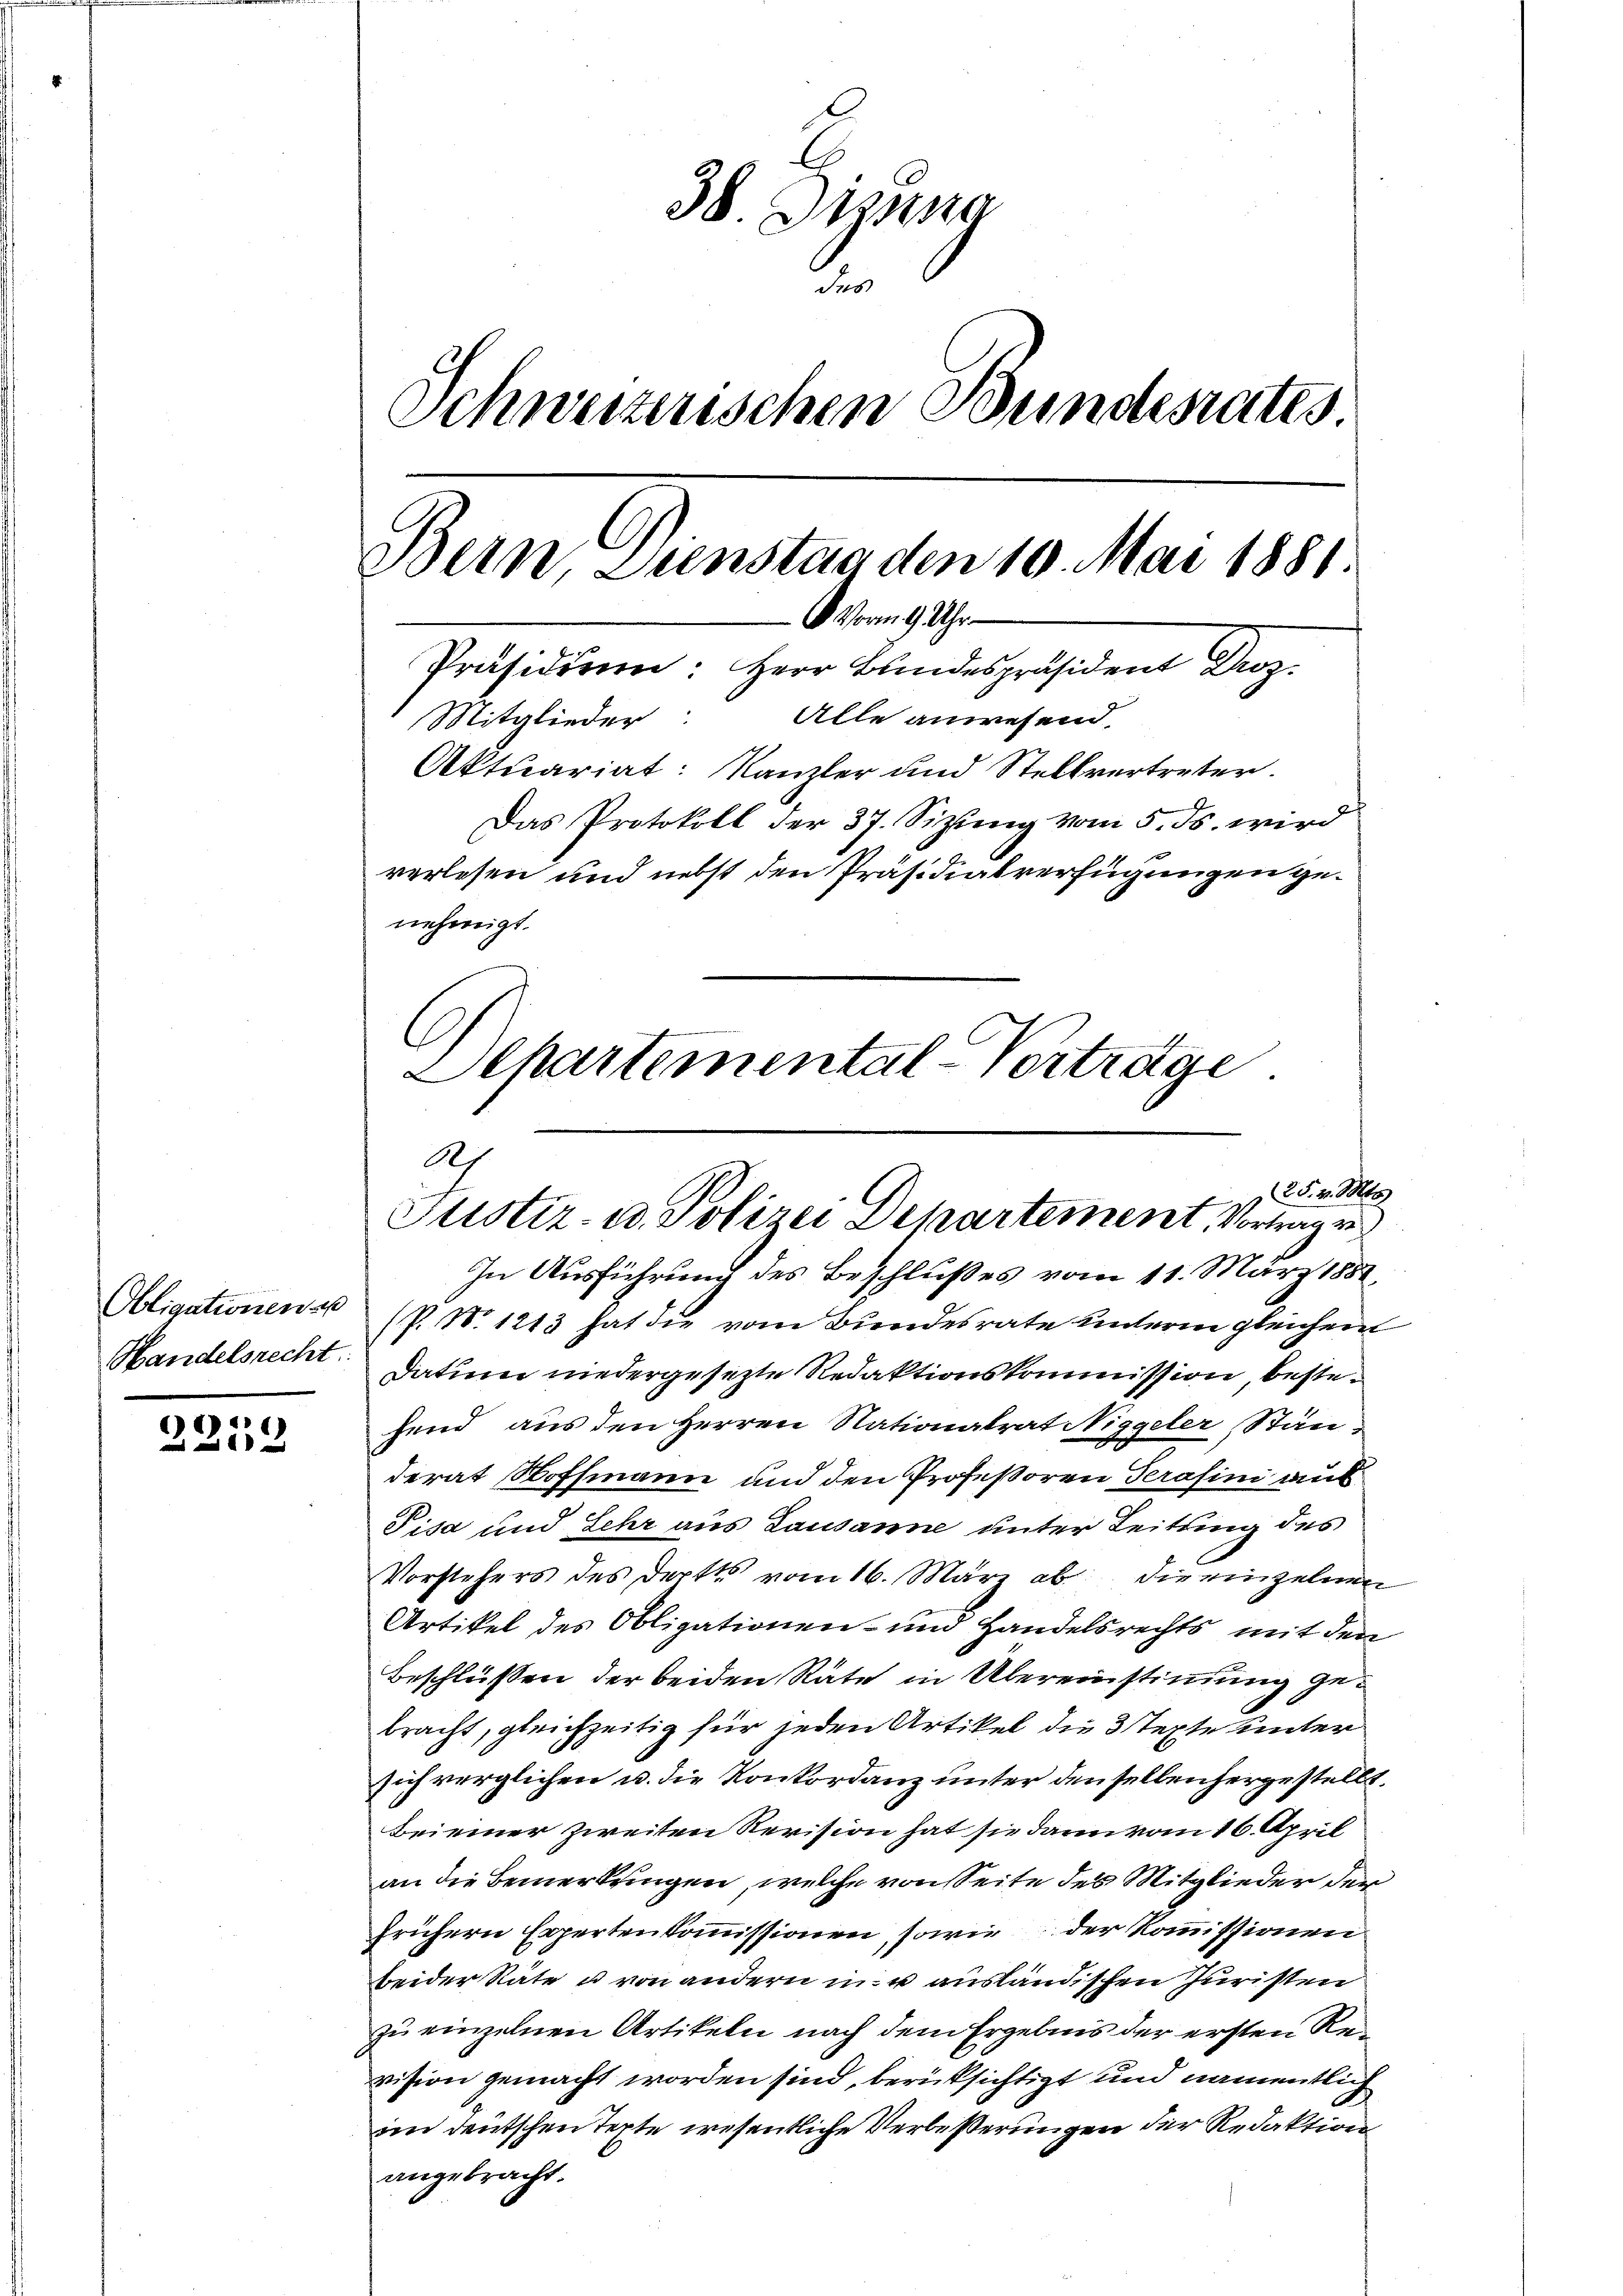
Obligationen es
Handelsrecht.

4

38. Diensa
des
Schweizerischen Bundesrates.
Dein Sunstag den 10. Mai 1881.
 Vorm 9 Uhr
Präsidium: Herr Bundespräsident Droz.
Mitglieder: Alle anwesend.
Aktuariat: Kanzler und Stellvertreter.
Das Protokoll der 37. Sizung vom 5. ds. wird
verlesen und nebst den Präsidialverfügungen genehmigt.
C
Departemental-Vertrage

2
(A. v. M
Justiz- u. Polizei Departement, Vortrage

In Ausführung des Beschlußes vom 11. März 1857,
(P. 10. 1213 hat die vom Bundesrate unterm gleichem
Dation niedergesezte Redaktionskommission bestehend aus den Herren Nationalrat Niggeler, Ständerat Stoffmann und den Professoren Terasini auf
Pisa und Sehr aus Lausanne unter Leitung des
Vorstehers des dort vom 16. März ab die einzelnen
Artikel des Obligationen- und Handelsrechts mit den
Beschlüßen der beiden Räte in Übereinstimmung gebracht, gleichzeitig für jeden Artikel die 3 Texte unter
sich verglichen u. die Konkordanz unter den selben hergestellt.
Beieiner Zweiten Revision hat sie dann vom 16. April
an die Bemerkungen, welche von Seite des Mitglieder der
frühern Expertenkommissionen, sowie der Kommissionen
beider Rate u von andern in u ausländischen Juristen
zu einzelnen Artikeln nach dem Ergebnis der ersten Revision gemacht worden sind, berücksichtigt und namentlich
im deutschen Texte wesentliche Verbeßerungen der Redaktion
angebracht.